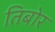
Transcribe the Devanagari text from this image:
तिबोर